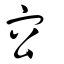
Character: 㝐